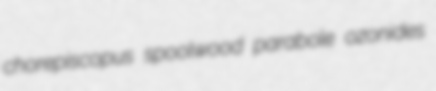
chorepiscopus spoolwood parabole ozonides